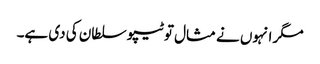
مگر انہوں نے مثال تو ٹیپو سلطان کی دی ہے۔